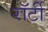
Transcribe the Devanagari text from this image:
रॉर्टी